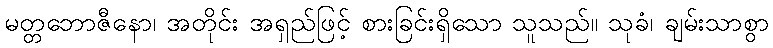
မတ္တဘောဇီနော၊ အတိုင်း အရှည်ဖြင့် စားခြင်းရှိသော သူသည်။ သုခံ၊ ချမ်းသာစွာ